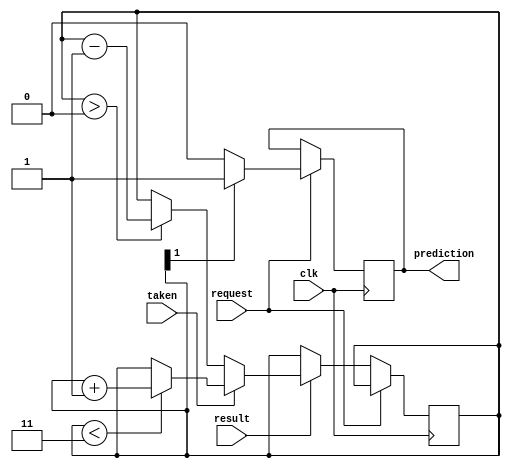
module predictor(input wire request, result, clk, taken, output reg prediction);

// // Your code
// parameter n = 4;
// parameter m = 1 << n;

// reg [n - 1:0] last_results;

// reg [1:0] array[m - 1:0];

reg [1:0]counter = 3;
reg [1:0] temp = 0;

always @(posedge clk) begin
    if (request) begin
    //   counter = array[last_results];
      if (counter[1]) prediction = 1;
      else prediction = 0;
    end else if (result) begin
        // counter = array[last_results];
        // if (taken) begin
        //     if (counter < 3) array[last_results] = array[last_results] + 1;
        // end else begin
        //     if (counter > 0) array[last_results] = array[last_results] - 1;
        // end
        temp = counter;
        if (taken) begin
            if (counter < 3) temp = temp + 1;
        end else begin
            if (counter > 0) temp = temp - 1;
        end
        counter = temp;

        // last_results = last_results << 1;
        // last_results[n - 1] = taken;
    end

end

endmodule